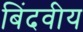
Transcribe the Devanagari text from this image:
बिंदवीय